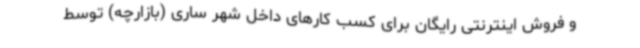
و فروش اینترنتی رایگان برای کسب ‌کارهای داخل شهر ساری (بازارچه) توسط